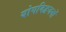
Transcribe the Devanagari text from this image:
योगविद्वजनों